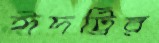
ঈদট্রির